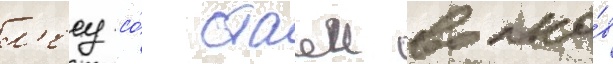
л'есу со́ стаеи волко́в